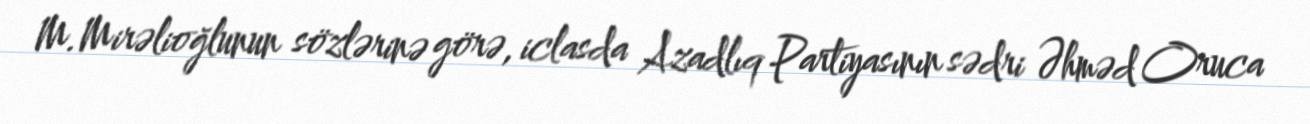
M.Mirəlioğlunun sözlərinə görə, iclasda Azadlıq Partiyasının sədri Əhməd Oruca